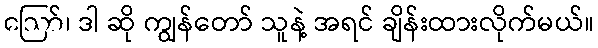
ဪ၊ ဒါ ဆို ကျွန်တော် သူနဲ့ အရင် ချိန်းထားလိုက်မယ်။